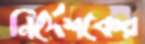
নির্দেশকের